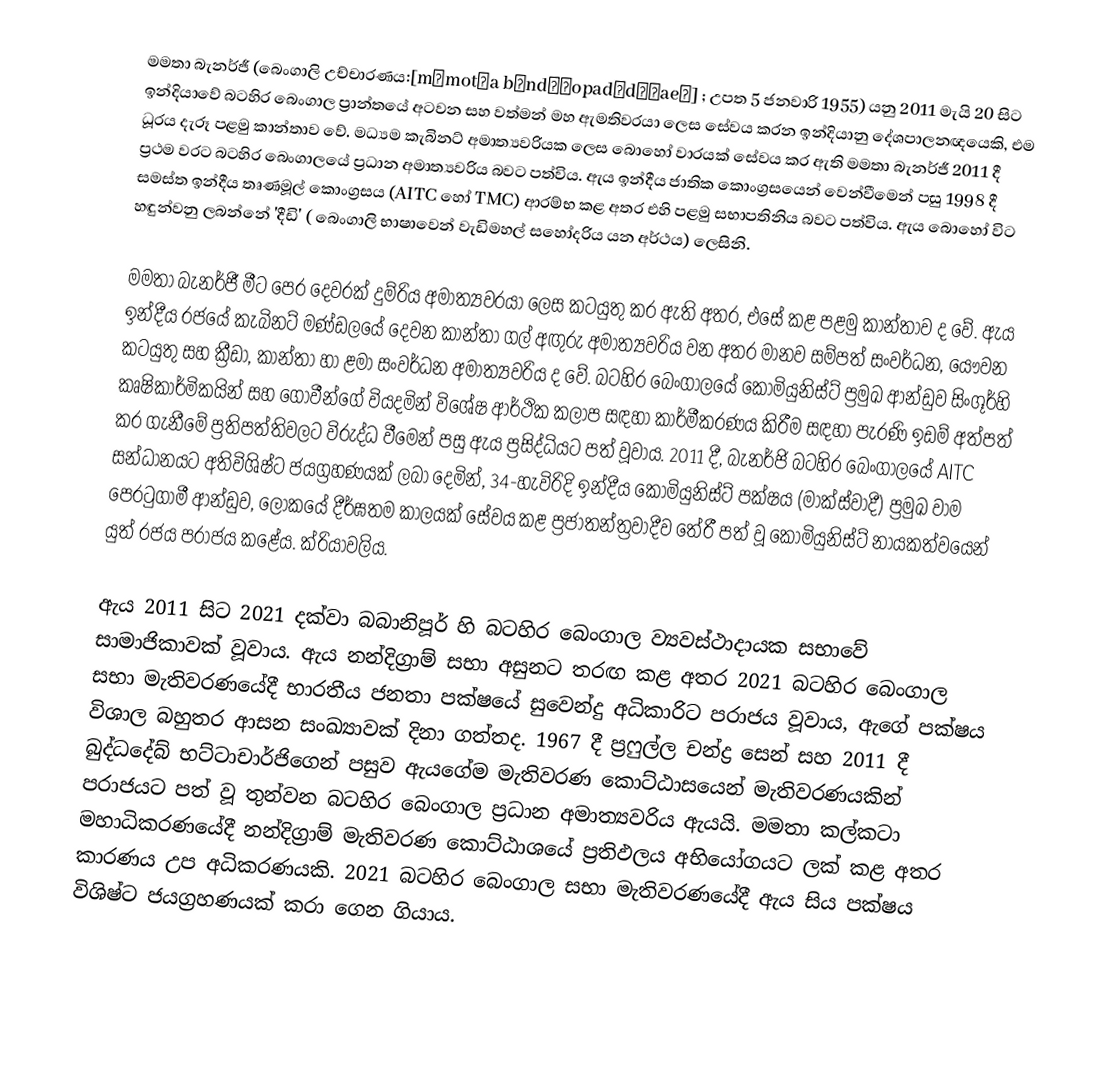
මමතා බැනර්ජී (බෙංගාලි උච්චාරණය:[mɔmot̪a bɔnd̪ːopad̪d̪ʱae̯] ; උපත 5 ජනවාරි 1955) යනු 2011 මැයි 20 සිට ඉන්දියාවේ බටහිර බෙංගාල ප්‍රාන්තයේ අටවන සහ වත්මන් මහ ඇමතිවරයා ලෙස සේවය කරන ඉන්දියානු දේශපාලනඥයෙකි, එම ධූරය දැරූ පළමු කාන්තාව වේ. මධ්‍යම කැබිනට් අමාත්‍යවරියක ලෙස බොහෝ වාරයක් සේවය කර ඇති මමතා බැනර්ජී 2011 දී ප්‍රථම වරට බටහිර බෙංගාලයේ ප්‍රධාන අමාත්‍යවරිය බවට පත්විය. ඇය ඉන්දීය ජාතික කොංග්‍රසයෙන් වෙන්වීමෙන් පසු 1998 දී සමස්ත ඉන්දීය තෘණමූල් කොංග්‍රසය (AITC හෝ TMC) ආරම්භ කළ අතර එහි පළමු සභාපතිනිය බවට පත්විය. ඇය බොහෝ විට හඳුන්වනු ලබන්නේ 'දීඩි' ( බෙංගාලි භාෂාවෙන් වැඩිමහල් සහෝදරිය යන අර්ථය) ලෙසිනි.

මමතා බැනර්ජී මීට පෙර දෙවරක් දුම්රිය අමාත්‍යවරයා ලෙස කටයුතු කර ඇති අතර, එසේ කළ පළමු කාන්තාව ද වේ.  ඇය ඉන්දීය රජයේ කැබිනට් මණ්ඩලයේ දෙවන කාන්තා ගල් අඟුරු අමාත්‍යවරිය වන අතර මානව සම්පත් සංවර්ධන, යෞවන කටයුතු සහ ක්‍රීඩා, කාන්තා හා ළමා සංවර්ධන අමාත්‍යවරිය ද වේ.  බටහිර බෙංගාලයේ කොමියුනිස්ට් ප්‍රමුඛ ආන්ඩුව සිංගූර්හි කෘෂිකාර්මිකයින් සහ ගොවීන්ගේ වියදමින් විශේෂ ආර්ථික කලාප සඳහා කාර්මීකරණය කිරීම සඳහා පැරණි ඉඩම් අත්පත් කර ගැනීමේ ප්‍රතිපත්තිවලට විරුද්ධ වීමෙන් පසු ඇය ප්‍රසිද්ධියට පත් වූවාය.  2011 දී, බැනර්ජි බටහිර බෙංගාලයේ AITC සන්ධානයට අතිවිශිෂ්ට ජයග්‍රහණයක් ලබා දෙමින්, 34-හැවිරිදි ඉන්දීය කොමියුනිස්ට් පක්ෂය (මාක්ස්වාදී) ප්‍රමුඛ වාම පෙරටුගාමී ආන්ඩුව, ලෝකයේ දීර්ඝතම කාලයක් සේවය කළ ප්‍රජාතන්ත්‍රවාදීව තේරී පත් වූ කොමියුනිස්ට් නායකත්වයෙන් යුත් රජය පරාජය කළේය. ක්රියාවලිය.

ඇය 2011 සිට 2021 දක්වා බබානිපූර් හි බටහිර බෙංගාල ව්‍යවස්ථාදායක සභාවේ සාමාජිකාවක් වූවාය. ඇය නන්දිග්‍රාම් සභා අසුනට තරඟ කළ අතර 2021 බටහිර බෙංගාල සභා මැතිවරණයේදී භාරතීය ජනතා පක්ෂයේ සුවෙන්දු අධිකාරිට පරාජය වූවාය,   ඇගේ පක්ෂය විශාල බහුතර ආසන සංඛ්‍යාවක් දිනා ගත්තද.  1967 දී ප්‍රෆුල්ල චන්ද්‍ර සෙන් සහ 2011 දී බුද්ධදේබ් භට්ටාචාර්ජිගෙන් පසුව ඇයගේම මැතිවරණ කොට්ඨාසයෙන් මැතිවරණයකින් පරාජයට පත් වූ තුන්වන බටහිර බෙංගාල ප්‍රධාන අමාත්‍යවරිය ඇයයි. මමතා කල්කටා මහාධිකරණයේදී නන්දිග්‍රාම් මැතිවරණ කොට්ඨාශයේ ප්‍රතිඵලය අභියෝගයට ලක් කළ අතර කාරණය උප අධිකරණයකි.  2021 බටහිර බෙංගාල සභා මැතිවරණයේදී ඇය සිය පක්ෂය විශිෂ්ට ජයග්‍රහණයක් කරා ගෙන ගියාය.